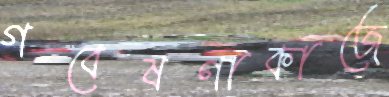
গবেষণাকাজে